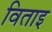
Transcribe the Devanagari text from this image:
विताइ